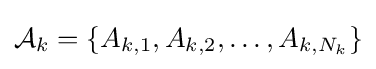
{\mathcal {A}}_{k}=\lbrace A_{k,1},A_{k,2},\ldots ,A_{k,N_{k}}\rbrace